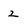
Character: 2